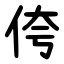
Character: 侉